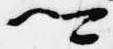
卿